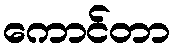
ကောင်တာ